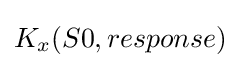
K_{x}(S0,response)